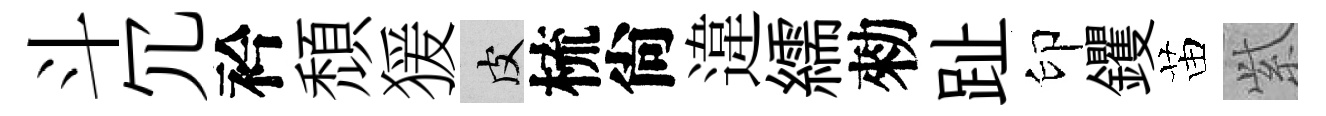
斗冗衿頹猨皮梳尙違繻勑趾印钁苗𬗋